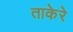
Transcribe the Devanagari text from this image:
ताकेरे